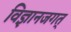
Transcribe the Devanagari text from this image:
विज्ञानजगत्‌